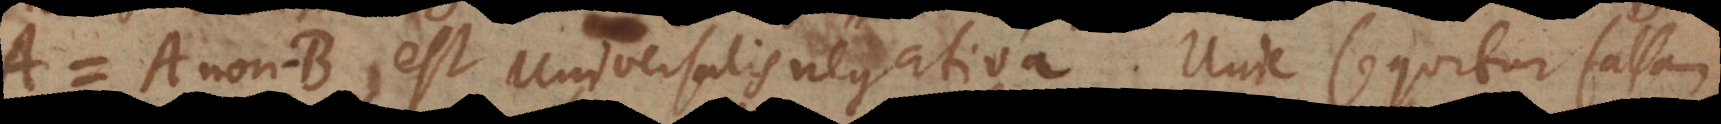
A = A non‐B est universalis negativa. Unde sequitur falsam